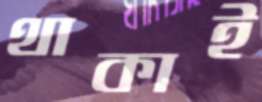
থাকাই